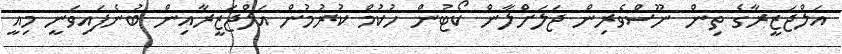
އަލްޖަޒީރާގެ ތިން ނޫސްވެރިން ޖަލަށްލާން ކޯޓުން ހުކުމް ކުރުމުން އަލްޖަޒީރާއިން ބުނެފައިވަނީ މިއީ